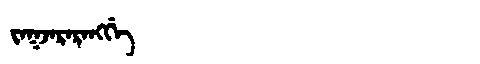
Manchu: ᠵᠠᡴᠵᠠᡵᠠᡵᠠᠩᡤᡝ
Romanization: JAKJARARANGGE